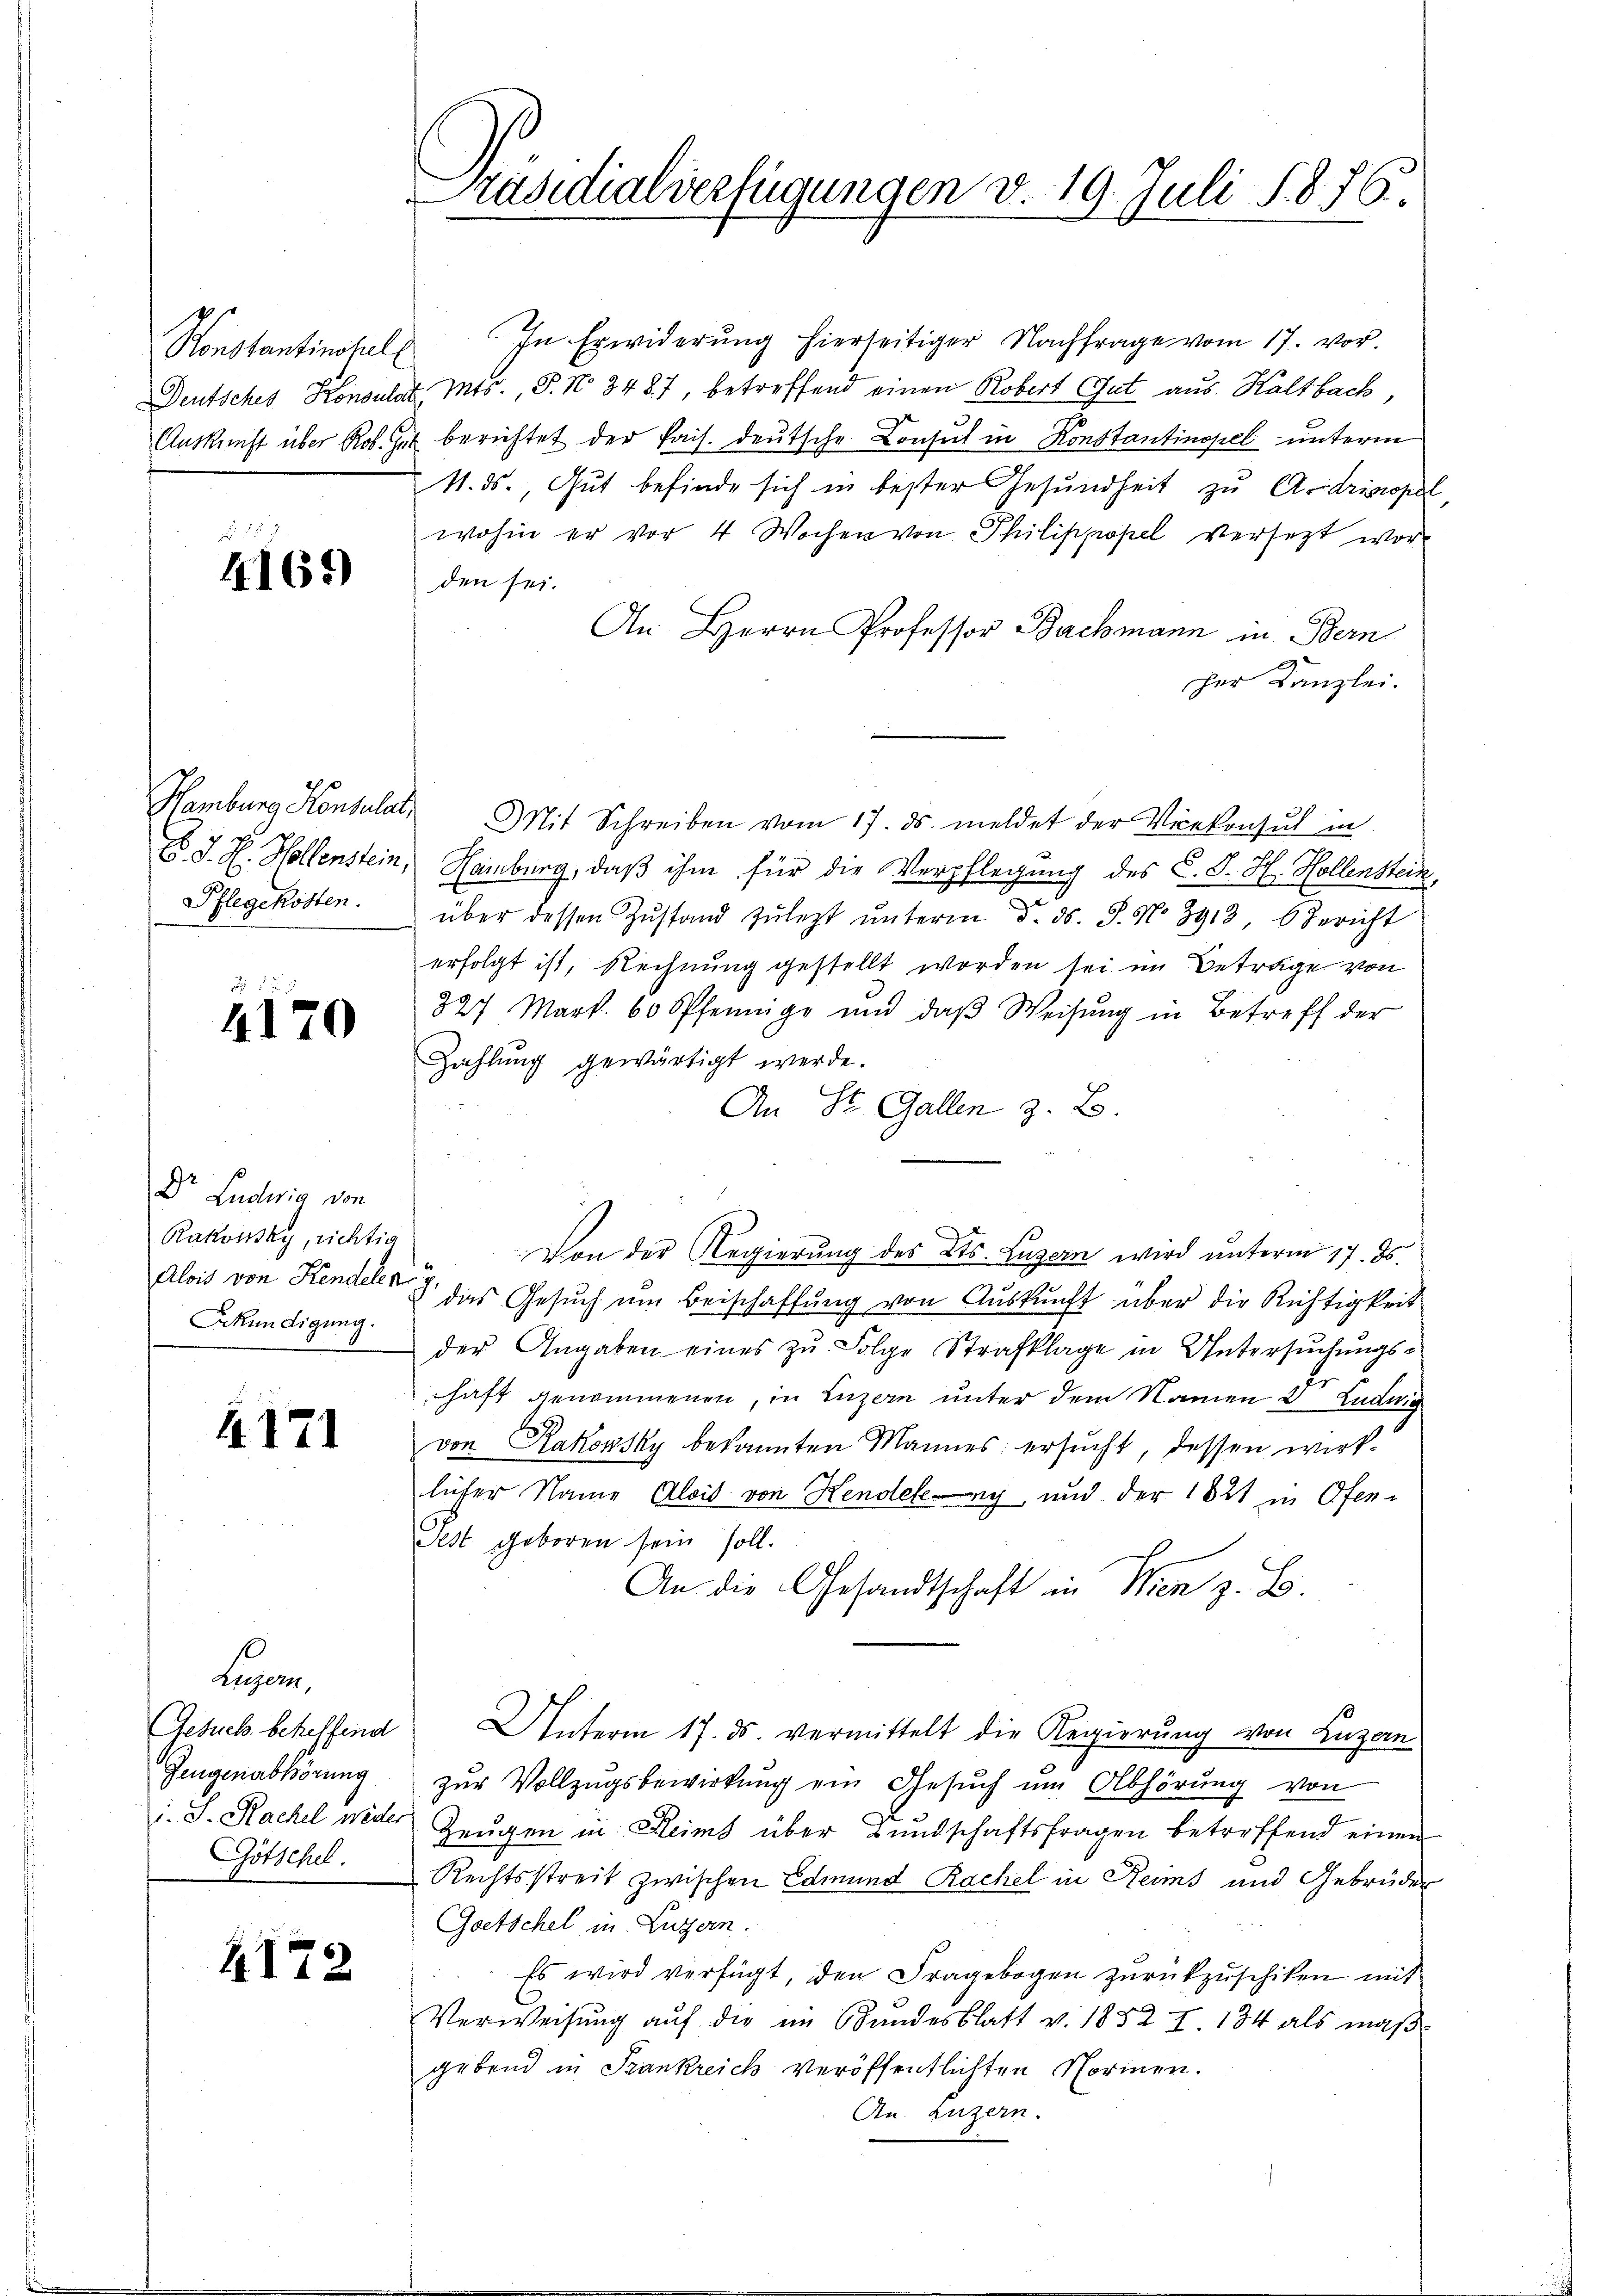
Konstantinopell
Deutsches Konsular
Auskunft über Rob. Her

.
4165)

Hamburg Konsulat
. J. R. Hollenstein,
Pflegekosten.

4170

Dr. Ludwig von
Rakowsky, richtig
Alois von Kendelen
Grkundigung.

4171

Legen
Gesuch betreffend
Jengenabhörung
v. J. Kachel weder
Götschel.

4172

Präsidialverfügungen v. 19. Juli 1876

In Erwiderŭng hierseitiger Nachfrage vom 17. vor.
d. Mts. S. No. 3487, betreffend einen Robert Gut aus Kaltbach,
 berichtet der Pais. deutsche Consul in Konstantinopel unterm
N. ds., Gut befinde sich in bester Gesundheit zu Atripopel
wohin er vor 4 Wochen von Philippopel versetzt worden sei.
An Herrn Professor Bachmann in Bern
her Kanzlei.
Mit Schreiben vom 17. ds. meldet der Vicekonsul in
Hamburg, daß ihm für die Verpflegung des C. J. H. Hollenstein,
über dessen Zŭstand zulezt ŭnterm 5. ds. S. N. 3913, 6 Bericht
erfolgt ist, Rechnung gestellt worden sei im Betrage von
827 Mark. 60 Pfennige und daβ Weisŭng in Betreff der
Zahlung gewärtigt werde.
An St. Gallen z. B.
Von der Regierung des Kts. Luzern wird unterm 17. ds.
.
das Gesuch um Beischaffung von Auskunft über die Richtigkeit
der Angaben eines zŭ Folge Strafklage in Untersŭchŭngs-
haft genommenen, in Luzern unter dem Namen 2 Ludwig
von Rakowsky bekannten Mannes ersucht, dessen wirklicher Name Alois von Hendeley und der 1821 in Ofen-
Pest geboren sein soll.
An die Gesandtschaft in Wien z. B.
Unterm 17. ds. vermittelt die Regierung von Luzern
zur Vollzugsbewirkung im Gesuch um Abhörung von
Zeugen in Reims über Bundschaftsfragen betreffend einen
Rechtsstreit zwischen Edmund Rachel in Heims und Gebrüder
Gaetschel in Luzern.
 Es wird verfügt, den Fragebogen zurückzuschiken mit
Verweisung auf die im Bandesblatt v. 1852 I. 134 als maß
gebend in Frankreich veröffentlichten Normen.
An. Luzern.